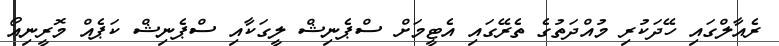
ރެއާލްގައި ހޭދަކުރި މުއްދަތުގެ ތެރޭގައި އެޓީމަށް ސްޕެނިޝް ލީގަކާއި ސްޕެނިޝް ކަޕެއް މޮރީނިއޯ